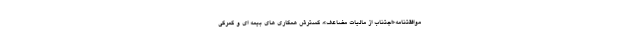
موافقتنامه«اجتناب از مالیات مضاعف»، گسترش همکاری های بیمه ای و گمرکی